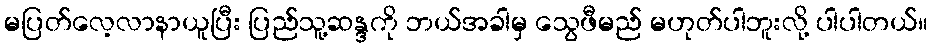
မပြတ်လေ့လာနာယူပြီး ပြည်သူ့ဆန္ဒကို ဘယ်အခါမှ သွေဖီမည် မဟုတ်ပါဘူးလို့ ပါပါတယ်။